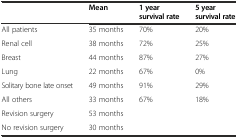
|  | Mean | 1 year survival rate | 5 year survival rate |
 | --- | --- | --- | --- |
 | All patients | 35 months | 70% | 20% |
 | Renal cell | 38 months | 72% | 25% |
 | Breast | 44 months | 87% | 27% |
 | Lung | 22 months | 67% | 0% |
 | Solitary bone late onset | 49 months | 91% | 29% |
 | All others | 33 months | 67% | 18% |
 | Revision surgery | 53 months |  |  |
 | No revision surgery | 30 months |  |  |